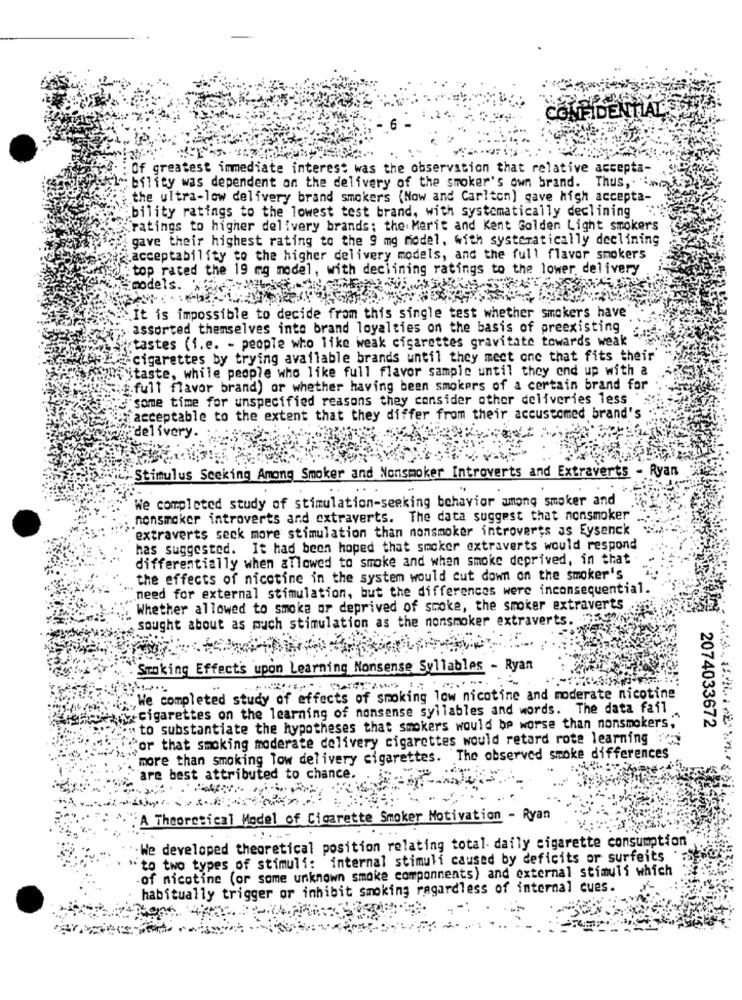
CONFIDENTIAL'S
Of greatest immediate interest was the observation that relative accepta-
bility was dependent on the delivery of the smoker's own brand. Thus,
the ultra-low delivery brand smokers (Now and Carlton) gave high accepta-
"bility ratings to the lowest test brand, with systematically declining
ratings to higher delivery brands; the Merit and Kent Golden Light smokers
gave their highest rating to the 9 mg model, with systematically declining
acceptability to the higher delivery models, and the full flavor smokers
top rated the 19 mg model, with declining ratings to the lower, delivery
models.
It is impossible to decide from this single test whether smokers have
assorted themselves into brand loyalties on the basis of preexisting
:tastes (f.e. - people who like weak cigarettes gravitate towards weak
cigarettes by trying available brands until they mect one that fits their
Sitaste, while people who like full flavor sample until they end up with a
i.full flavor brand) or whether having been smokers of a certain brand for
some time for unspecified reasons they consider other deliveries less
acceptable to the extent that they differ from their accustomed brand's
delivery.
Stimulus Seeking Among Smoker and Nonsmoker Introverts and Extraverts - Ryan
We completed study of stimulation-seeking behavior among smoker and
nonsmoker introverts and extraverts. The data suggest that nonsmoker
extraverts seck more stimulation than nonsmoker introverts as Eysenck
has suggested. It had been hoped that smoker extraverts would respond
differentially when allowed to smoke and when smoke deprived, in that
the effects of nicotine in the system would cut down on the smoker's
need for external stimulation, but the differences were inconsequential.
Whether allowed to smoke or deprived of smoke, the smoker extraverts
sought about as much stimulation as the nonsmoker extraverts.
Smoking Effect's upon Learning Nonsense Syllables - Ryan
"We completed study of effects of smoking low nicotine and moderate nicotine
cigarettes on the learning of nonsense syllables and words. The data fail
to substantiate the hypotheses that smokers would be worse than nonsmokers,"
2074033672
"or that smoking moderate delivery cigarettes would retard rote learning :'
more than smoking Tow delivery cigarettes.
`The observed smoke differences
are best attributed to chance.
"A Theoretical Model of Cigarette Smoker Motivation - Ryan
We developed theoretical position relating total- daily cigarette consumption
to two types of stimuli: internal stimuli caused by deficits or surfeits
of nicotine (or some unknown smoke componments) and external stimuli which
habitually trigger or inhibit smoking regardless of internal cues.